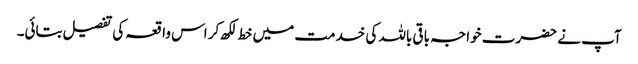
آپ نے حضرت خواجہ باقی باللہ کی خدمت میں خط لکھ کر اس واقعہ کی تفصیل بتائی۔